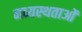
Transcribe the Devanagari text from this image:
मध्‍यस्‍थताओं